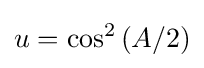
u=\cos ^{2}\left(A/2\right)